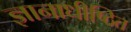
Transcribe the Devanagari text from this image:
ज्ञानाधीष्ठित